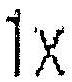
1X